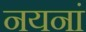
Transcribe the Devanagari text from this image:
नयनां